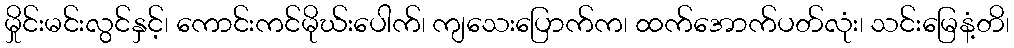
မှိုင်းမင်းလွင်နှင့်၊ ကောင်းကင်မိုဃ်းပေါက်၊ ကျသေးပြောက်က၊ ထက်အောက်ပတ်လုံး၊ သင်းမြေနံ့တိ၊